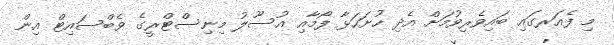
މި ފެއަރގައި ބައިވެރިވުމަށް އެދި ހުށަހަޅާ ފޯމާއި އުސޫލު މިނިސްޓްރީގެ ވެބްސައިޓް އިން